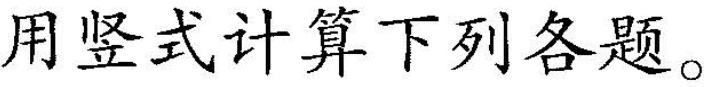
用竖式计算下列各题